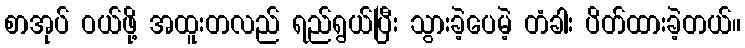
စာအုပ် ဝယ်ဖို့ အထူးတလည် ရည်ရွယ်ပြီး သွားခဲ့ပေမဲ့ တံခါး ပိတ်ထားခဲ့တယ်။